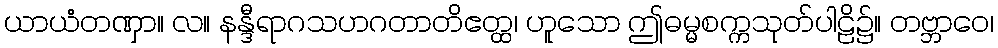
ယာယံတဏှာ။ လ။ နန္ဒီရာဂသဟဂတာတိဧတ္ထ၊ ဟူသော ဤဓမ္မစက္ကသုတ်ပါဠိ၌။ တဗ္ဘာဝေ၊